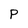
Character: P